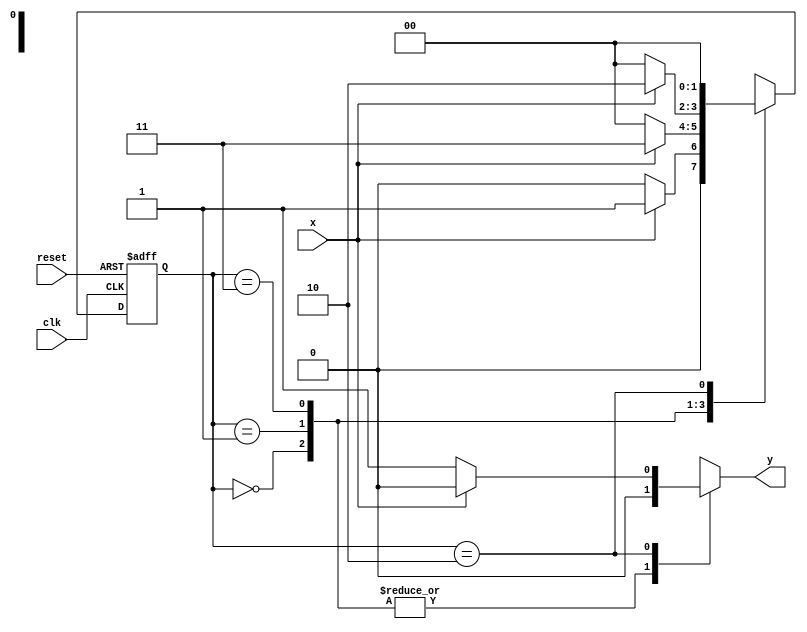
// ------------------------- 
// Mach
// Nome: Pedro Henrique Vilar Locatelli 
// ------------------------- 
// -------------- 
// --- Mach 
// -------------- 
// constant definitions 
`define found 1 
`define notfound 0 

module mach1110 ( y, x, clk, reset ); 
output y; 
input x; 
input clk; 
input reset; 

reg y; 

parameter // state identifiers 
	start = 2'b00, 
	id1 = 2'b01, 
	id11 = 2'b11, 
	id111 = 2'b10; 

	reg [1:0] E1; // current state variables 
	reg [1:0] E2; // next state logic output 

// next state logic 
	always @( x or E1 ) 
	begin 
	y = `notfound; 
	case ( E1 ) 
	start: 
		if ( x ) 
			E2 = id1; 
		else 
			E2 = start; 
	id1: 
		if ( x ) 
			E2 = id11; 
		else 
			E2 = start; 
	id11: 
		if ( x ) 
			E2 = id111; 
		else 
			E2 = start; 
	id111: 
		if ( x ) 
			begin 
				E2 = start; 
				y = `notfound; 
			end 
		else 
			begin 
				E2 = start; 
				y = `found; 
			end 
	default: // undefined state 
		E2 = 2'bxx; 
	endcase 
	end // always at signal or state changing 

// state variables 
always @( posedge clk or negedge reset ) 
begin 
if ( reset ) 
E1 = E2; // updates current state 
else 
E1 = 0; // reset 
end // always at signal changing 
endmodule